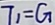
T _ { 1 } = G